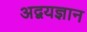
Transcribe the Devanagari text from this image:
अद्वयज्ञान